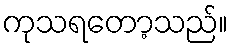
ကုသရတော့သည်။